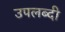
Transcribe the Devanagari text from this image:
उपलब्दी